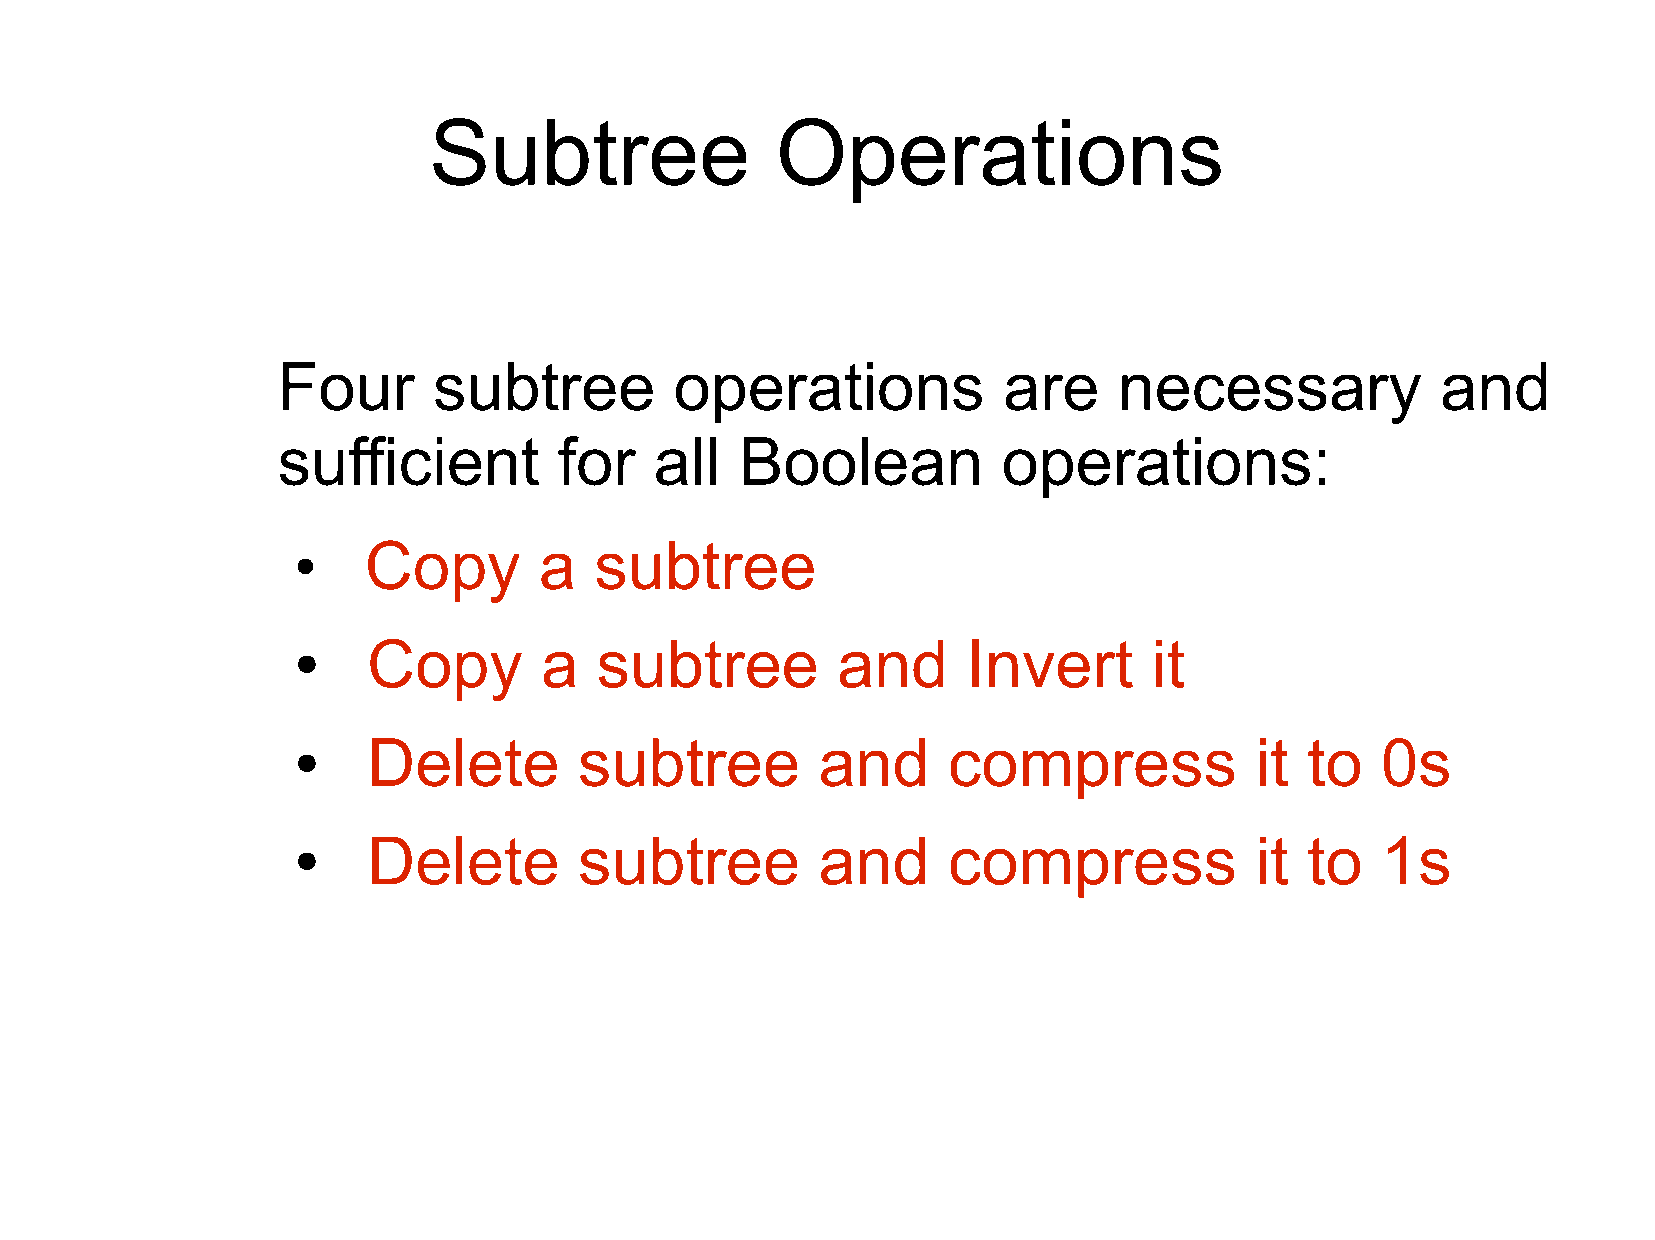
Subtree                Operations
 Four       subtree         operations           are     necessary            and
 sufficient         for   all   Boolean          operations:
 Copy        a  subtree
 ●
 Copy        a  subtree         and      Invert      it
 ●
 Delete        subtree         and      compress            it  to  0s
 ●
 Delete        subtree         and      compress            it  to  1s
 ●